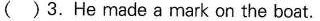
( )3.He made a mark on the boat.